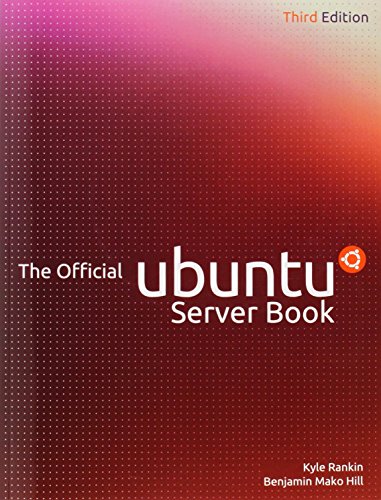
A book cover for The Official Ubuntu Server Book (3rd Edition); Kyle Rankin; Computers & Technology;